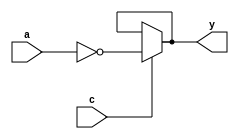
module santh_ts_inv(a,c,y);
	input a,c;
	output y;
	assign y= c ? ~a : y;	
endmodule